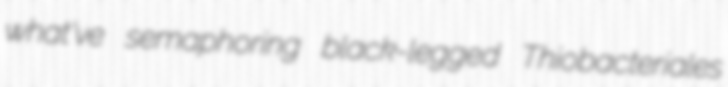
what've semaphoring black-legged Thiobacteriales